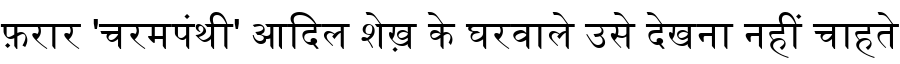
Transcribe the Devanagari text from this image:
फ़रार 'चरमपंथी' आदिल शेख़ के घरवाले उसे देखना नहीं चाहते